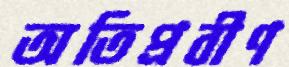
অতিপ্রবীণ